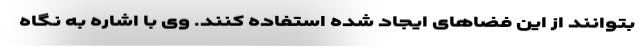
بتوانند از این فضاهای ایجاد شده استفاده کنند. وی با اشاره به نگاه